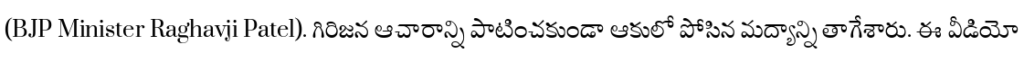
(BJP Minister Raghavji Patel). గిరిజన ఆచారాన్ని పాటించకుండా ఆకులో పోసిన మద్యాన్ని తాగేశారు. ఈ వీడియో